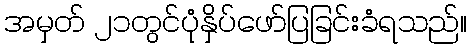
အမှတ် ၂၁တွင်ပုံနှိပ်ဖော်ပြခြင်းခံရသည်။